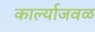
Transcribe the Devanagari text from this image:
कार्ल्याजवळ